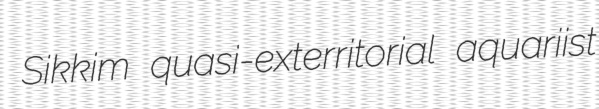
Sikkim quasi-exterritorial aquariist